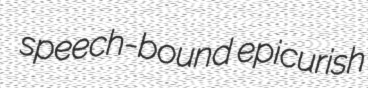
speech-bound epicurish